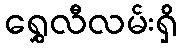
ရွှေလီလမ်းရှိ